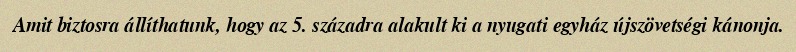
Amit biztosra állíthatunk, hogy az 5. századra alakult ki a nyugati egyház újszövetségi kánonja.